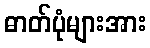
ဓာတ်ပုံများအား